Report of cholera committee
Disease focus: Cholera
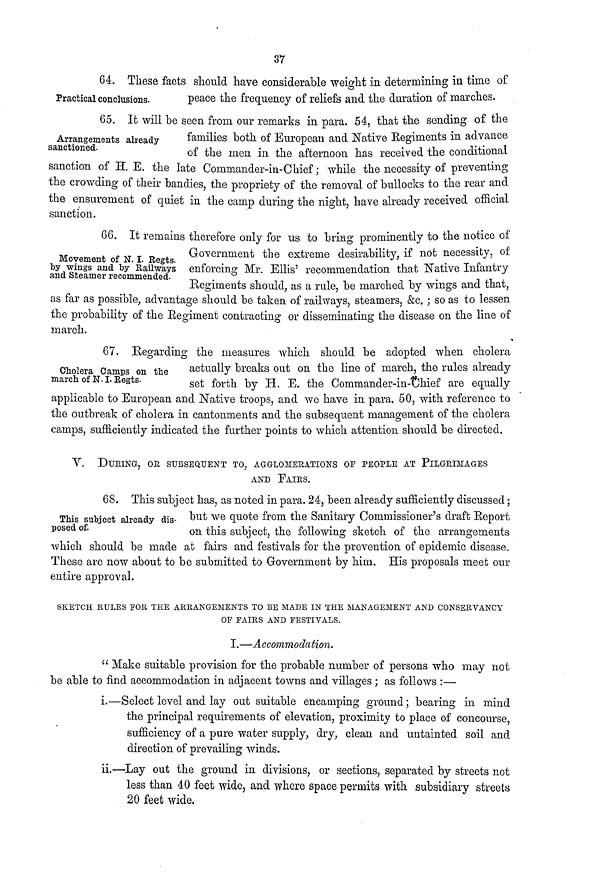
37
64. These facts should have considerable weight in determining in time of
Practical conclusions.
peace the frequency of reliefs and the duration of marches.
Arrangements already
sanctioned.
65. It will be seen from our remarks in para. 54, that the sending of the
families both of European and Native Regiments in advance
of the men in the afternoon has received the conditional
sanction of H. E. the late Commander-in-Chief ; while the necessity of preventing
the crowding of their bandies, the propriety of the removal of bullocks to the rear and
the ensurement of quiet in the camp during the night, have already received official
sanction.
Movement of N. I. Regts.
by wings and by Railways
and Steamer recommended.
66. It remains therefore only for us to bring prominently to the notice of
Government the extreme desirability, if not necessity, of
enforcing Mr. Ellis' recommendation that Native Infantry
Regiments should, as a rule, be marched by wings and that,
as far as possible, advantage should be taken of railways, steamers, &c. ; so as to lessen
the probability of the Regiment contracting or disseminating the disease on the line of
march.
Cholera Camps on the
march of N.I. Regts.
67. Regarding the measures which should be adopted when cholera
actually breaks out on the line of march, the rules already
set forth by H. E. the Commander-in-Chief are equally
applicable to European and Native troops, and we have in para, 50, with reference to
the outbreak of cholera in cantonments and the subsequent management of the cholera
camps, sufficiently indicated the further points to which attention should be directed.
V.
DURING, OR SUBSEQUENT TO, AGGLOMERATIONS OF PEOPLE AT PILGRIMAGES
AND FAIRS.
This subject already dis-
posed of.
68. This subject has, as noted in para. 24, been already sufficiently discussed ;
but we quote from the Sanitary Commissioner's draft Report
on this subject, the following sketch of the arrangements
which should be made at fairs and festivals for the prevention of epidemic disease.
These are now about to be submitted to Government by him. His proposals meet our
entire approval.
SKETCH RULES FOR THE ARRANGEMENTS TO BE MADE IN THE MANAGEMENT AND CONSERVANCY
OF FAIRS AND FESTIVALS.
I.—Accommodation.
" Make suitable provision for the probable number of persons who may not
be able to find accommodation in adjacent towns and villages ; as follows :—
i.—Select level and lay out suitable encamping ground ; bearing in mind
the principal requirements of elevation, proximity to place of concourse,
sufficiency of a pure water supply, dry, clean and untainted soil and
direction of prevailing winds.
ii.—Lay out the ground in divisions, or sections, separated by streets not
less than 40 feet wide, and where space permits with subsidiary streets
20 feet wide.